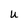
Character: u